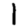
Digit: 1